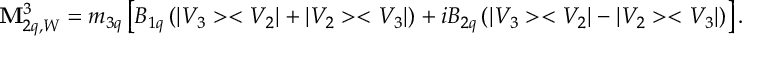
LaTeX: { \bf M } _ { 2 q , W } ^ { 3 } = m _ { 3 q } \left[ B _ { 1 q } \left( | V _ { 3 } > < V _ { 2 } | + | V _ { 2 } > < V _ { 3 } | \right) + i B _ { 2 q } \left( | V _ { 3 } > < V _ { 2 } | - | V _ { 2 } > < V _ { 3 } | \right) \right] .